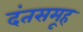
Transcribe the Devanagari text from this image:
दंतसमूह